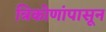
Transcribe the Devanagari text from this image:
त्रिकोणांपासून